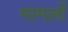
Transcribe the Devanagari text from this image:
मामलोँ